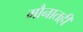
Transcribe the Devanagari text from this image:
मौनातही